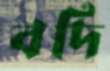
বদি